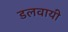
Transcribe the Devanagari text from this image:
डलवायी